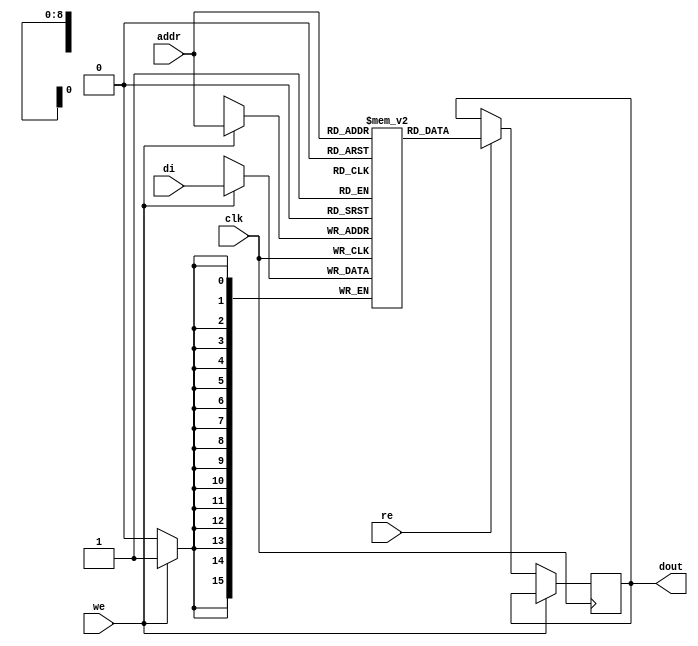

module rams_sp_re_we_512x16_block (clk, we, re, addr, di, dout);
input clk;
input we, re;
input [8:0] addr;
input [15:0] di;
`ifdef IVERILOG
    output reg [15:0] dout=0;
`else
    output reg [15:0] dout;
`endif

(* ram_style = "block" *)
reg [15:0] RAM [511:0];
// reg [31:0] dout;

always @(posedge clk)
    begin
        if (we)
            RAM[addr] <= di;
        else if (re)
            dout <= RAM[addr];
    end

endmodule